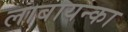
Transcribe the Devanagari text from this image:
लाबायन्का